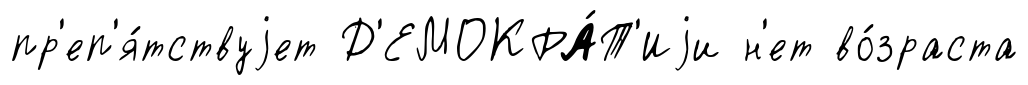
пр'еп'я́тствуjет Д'ЕМОКРА́Т'Иjи н'ет во́зраста